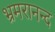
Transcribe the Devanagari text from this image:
भ्रमरानन्‍द